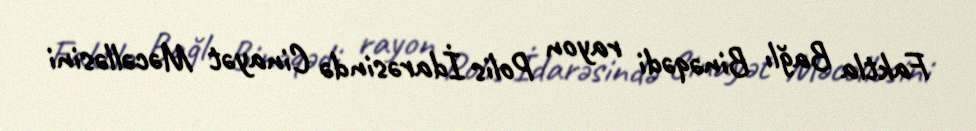
Faktla Bağlı Binəqədi rayon Polis İdarəsində Cinayət Məcəlləsini